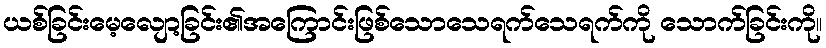
ယစ်ခြင်းမေ့လျော့ခြင်း၏အကြောင်းဖြစ်သောသေရက်သေရက်ကို သောက်ခြင်းကို။